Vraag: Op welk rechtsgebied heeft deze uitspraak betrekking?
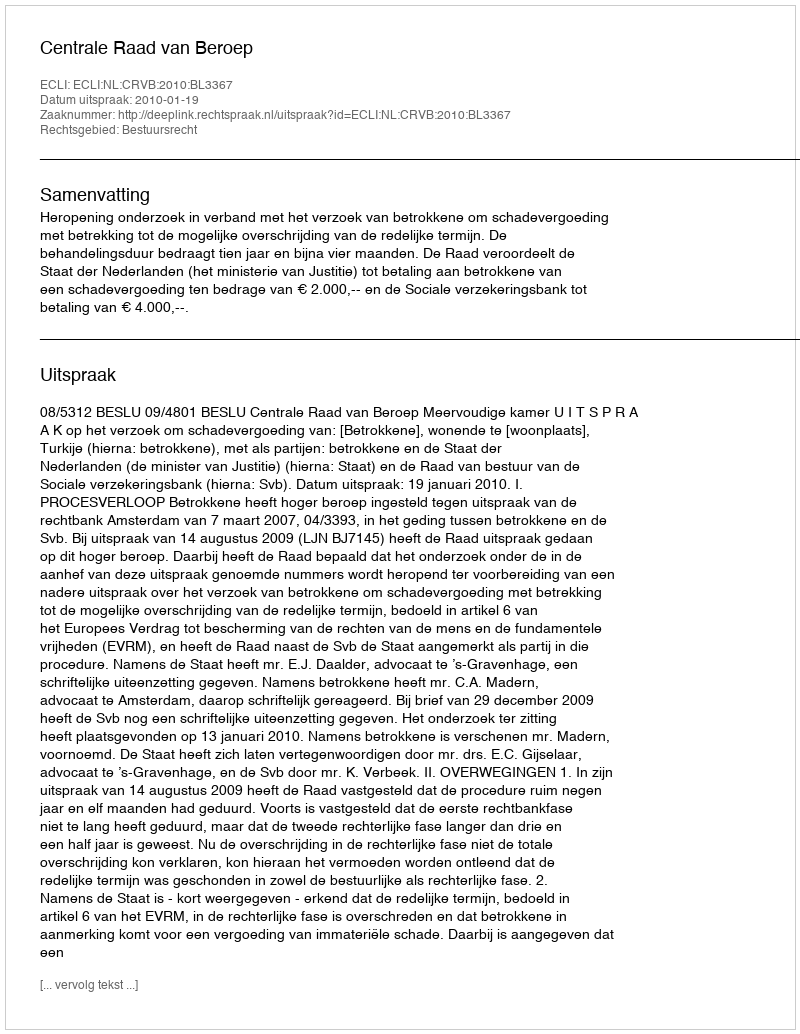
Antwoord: Bestuursrecht